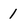
Character: 1